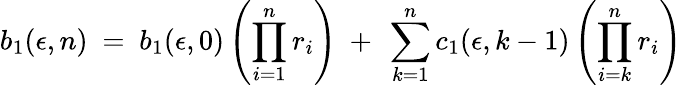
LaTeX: b_{1}(\epsilon,n)~=~b_{1}(\epsilon,0)\left(\prod_{i=1}^{n}r_{i}\right){}~+~\sum_{k=1}^{n}c_{1}(\epsilon,k-1)\left(\prod_{i=k}^{n}r_{i}\right)